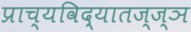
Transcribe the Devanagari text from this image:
प्राच्यविद्यातज्ज्ञ